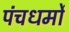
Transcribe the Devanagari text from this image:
पंचधर्मों